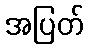
အပြတ်